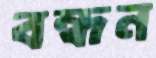
বন্ধন